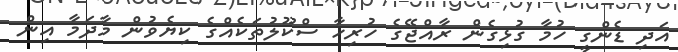
އަދި ޑެންގީ ހުމާ ގުޅިގެން ރާއްޖޭގެ ހުރިހާ ސްކޫލުތަކެއްގެ ކިޔެވުން މާދަމާ އިން